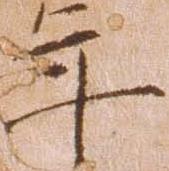
年